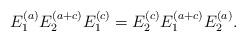
LaTeX: \begin{align*}E_1^{(a)}E_2^{(a+c)}E_1^{(c)} = E_2^{(c)}E_1^{(a+c)}E_2^{(a)}.\end{align*}